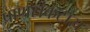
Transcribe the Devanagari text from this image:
प्राणसंकटास